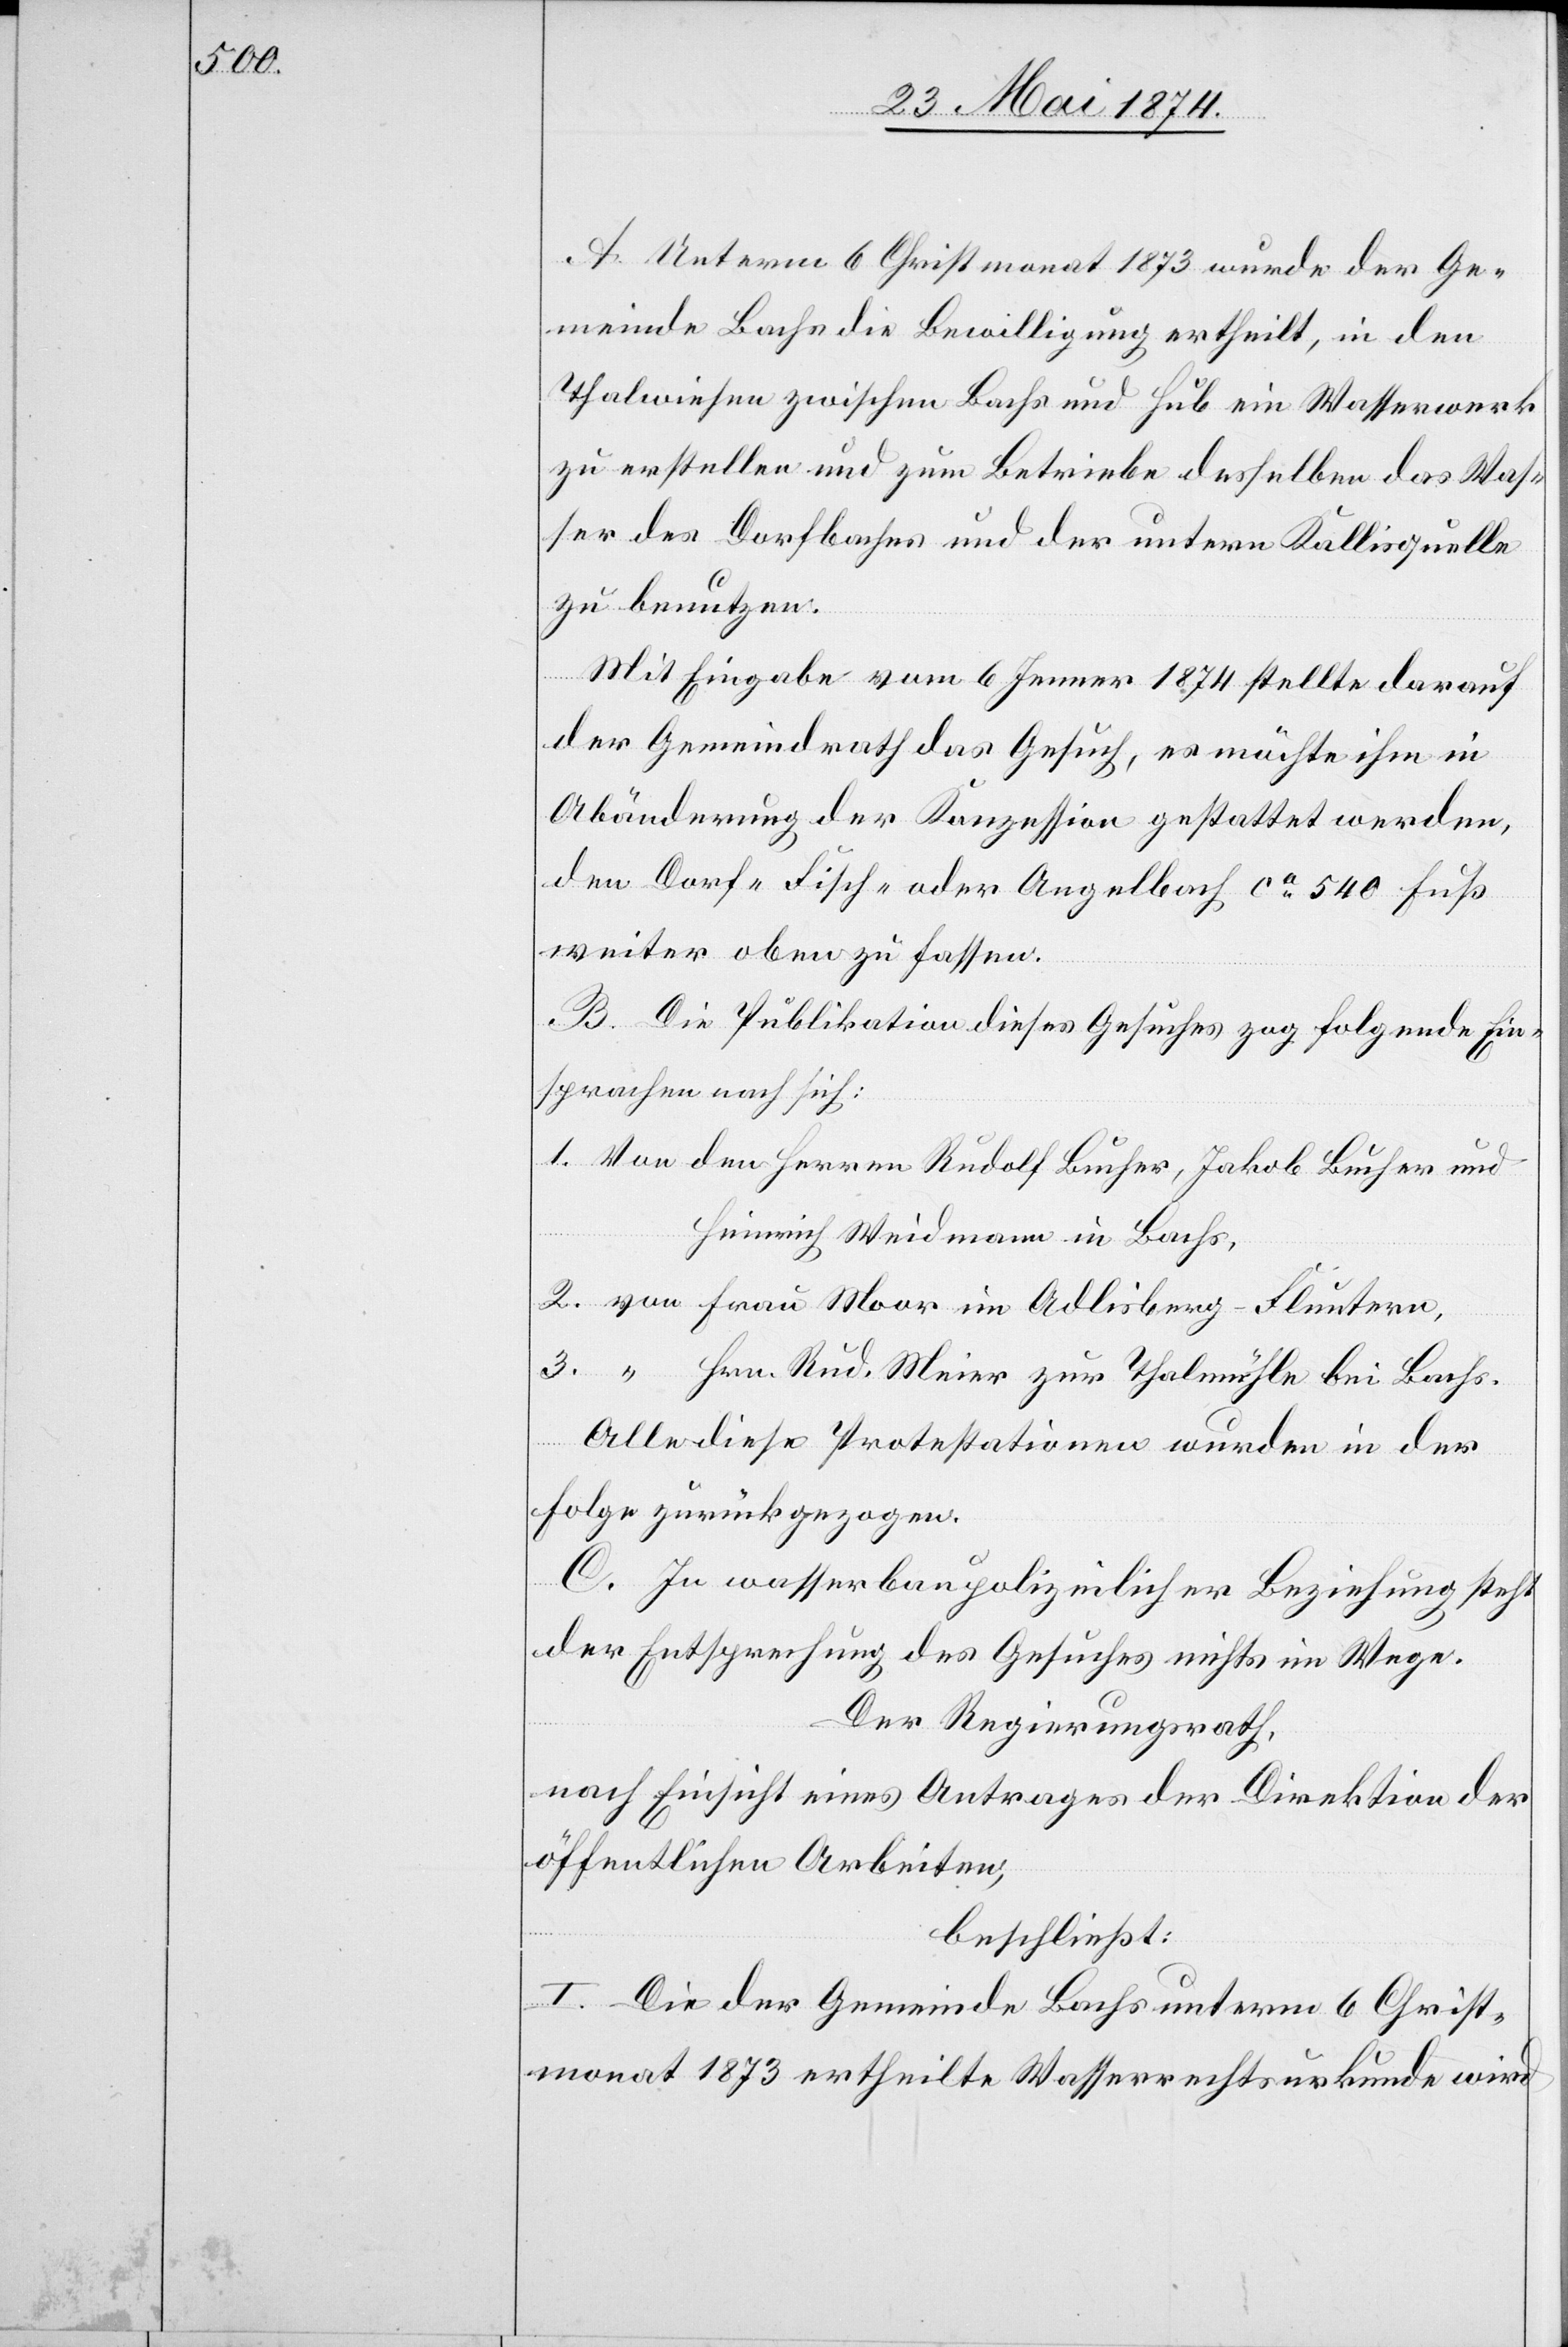
A. Unterm 6. Christmonat 1873 wurde der Ge¬
meinde Bachs die Bewilligung ertheilt, in den
Thalwiesen zwischen Bachs und Hub ein Wasserwerk
zu erstellen und zum Betriebe desselben das Was¬
ser des Dorfbaches und der untern Kallisquelle
zu benutzen.
Mit Eingabe vom 6. Jenner 1874 stellte darauf
der Gemeindrath das Gesuch, es möchte ihm in
Abänderung der Konzession gestattet werden,
den Dorf-[,] Fisch- oder Angelbach ca 540 Fuß
weiter oben zu fassen.
B. Die Publikation dieses Gesuches zog folgende Ein¬
sprachen nach sich:
1. Von dem Herren Rudolf Bucher, Jakob Bucher und
Heinrich Weidmann in Bachs,
2. von Frau Moor in Adlisberg-Fluntern,
3. “ Hrn. Rud. Meier zur Thalmühle bei Bachs.
Alle diese Protestationen wurden in der
Folge zurückgezogen.
C In wasserbaupolizeilicher Beziehung steht
der Entsprechung des Gesuches nichts im Wege.
Der Regierungsrath,
nach Einsicht eines Antrages der Direktion der
öffentlichen Arbeiten,
beschließt:
I. Die der Gemeinde Bachs unterm 6 Christ¬
monat 1873 ertheilte Wasserrechtsurkunde wird